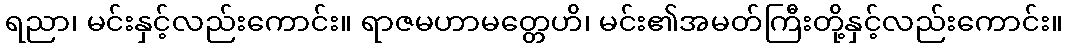
ရညာ၊ မင်းနှင့်လည်းကောင်း။ ရာဇမဟာမတ္တေဟိ၊ မင်း၏အမတ်ကြီးတို့နှင့်လည်းကောင်း။